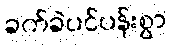
ခက်ခဲပင်ပန်းစွာ